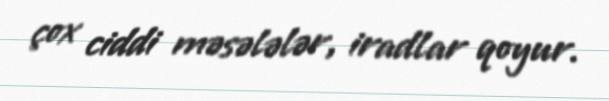
çox ciddi məsələlər, iradlar qoyur.